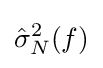
{\hat {\sigma }}_{N}^{2}(f)